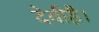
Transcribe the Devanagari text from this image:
देवीहै।